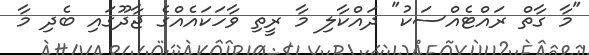
"މާ ގާތް ރައްޓެއްސަކު" ދައްކާލި މާ ރީތި ވާހަކައެއްގެ ޖާދޫގައި ބެދި މާ